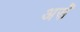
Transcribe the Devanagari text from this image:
असॆे